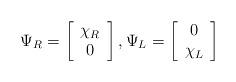
LaTeX: \begin{align*}\Psi_R = \left[ \begin{array}{c}\chi_R \\ 0\end{array} \right], \Psi_L = \left[ \begin{array}{c}0 \\ \chi_L \end{array} \right]\end{align*}